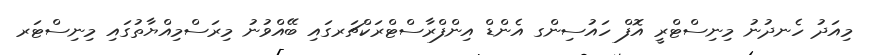
މިއަދު ހެނދުނު މިނިސްޓްރީ އޮފް ހައުސިންގ އެންޑް އިންފްރާސްޓްރަކްޗަރގައި ބޭއްވުނު މިރަސްމިއްޔާތުގައި މިނިސްޓަރ